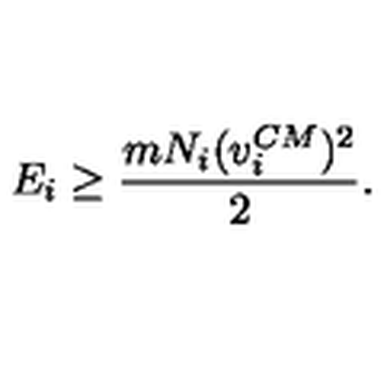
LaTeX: E _ { i } \ge \frac { m N _ { i } ( v _ { i } ^ { C M } ) ^ { 2 } } { 2 } .